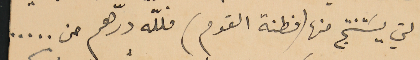
التي يسَتنتج منها (فطنة القوم) فلله درّهم من .....